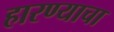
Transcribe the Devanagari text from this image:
हारण्याचा